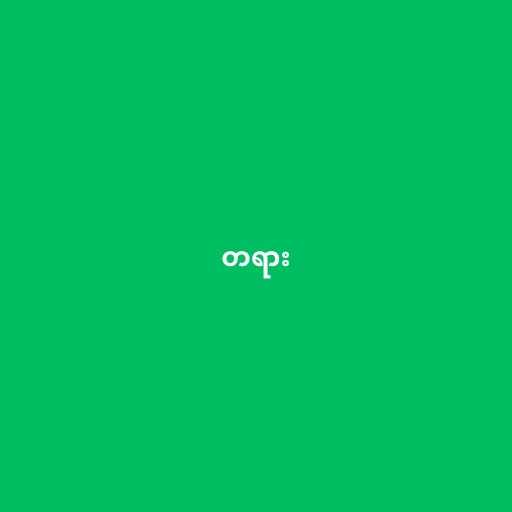
တရား